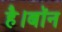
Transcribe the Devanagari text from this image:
है।बॉन